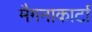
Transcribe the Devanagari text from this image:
मैगनाकार्टा